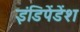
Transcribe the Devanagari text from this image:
इंडिपेंडेंश